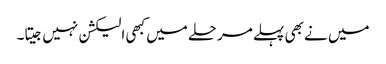
میں نے بھی پہلے مرحلے میں کبھی الیکشن نہیں جیتا۔